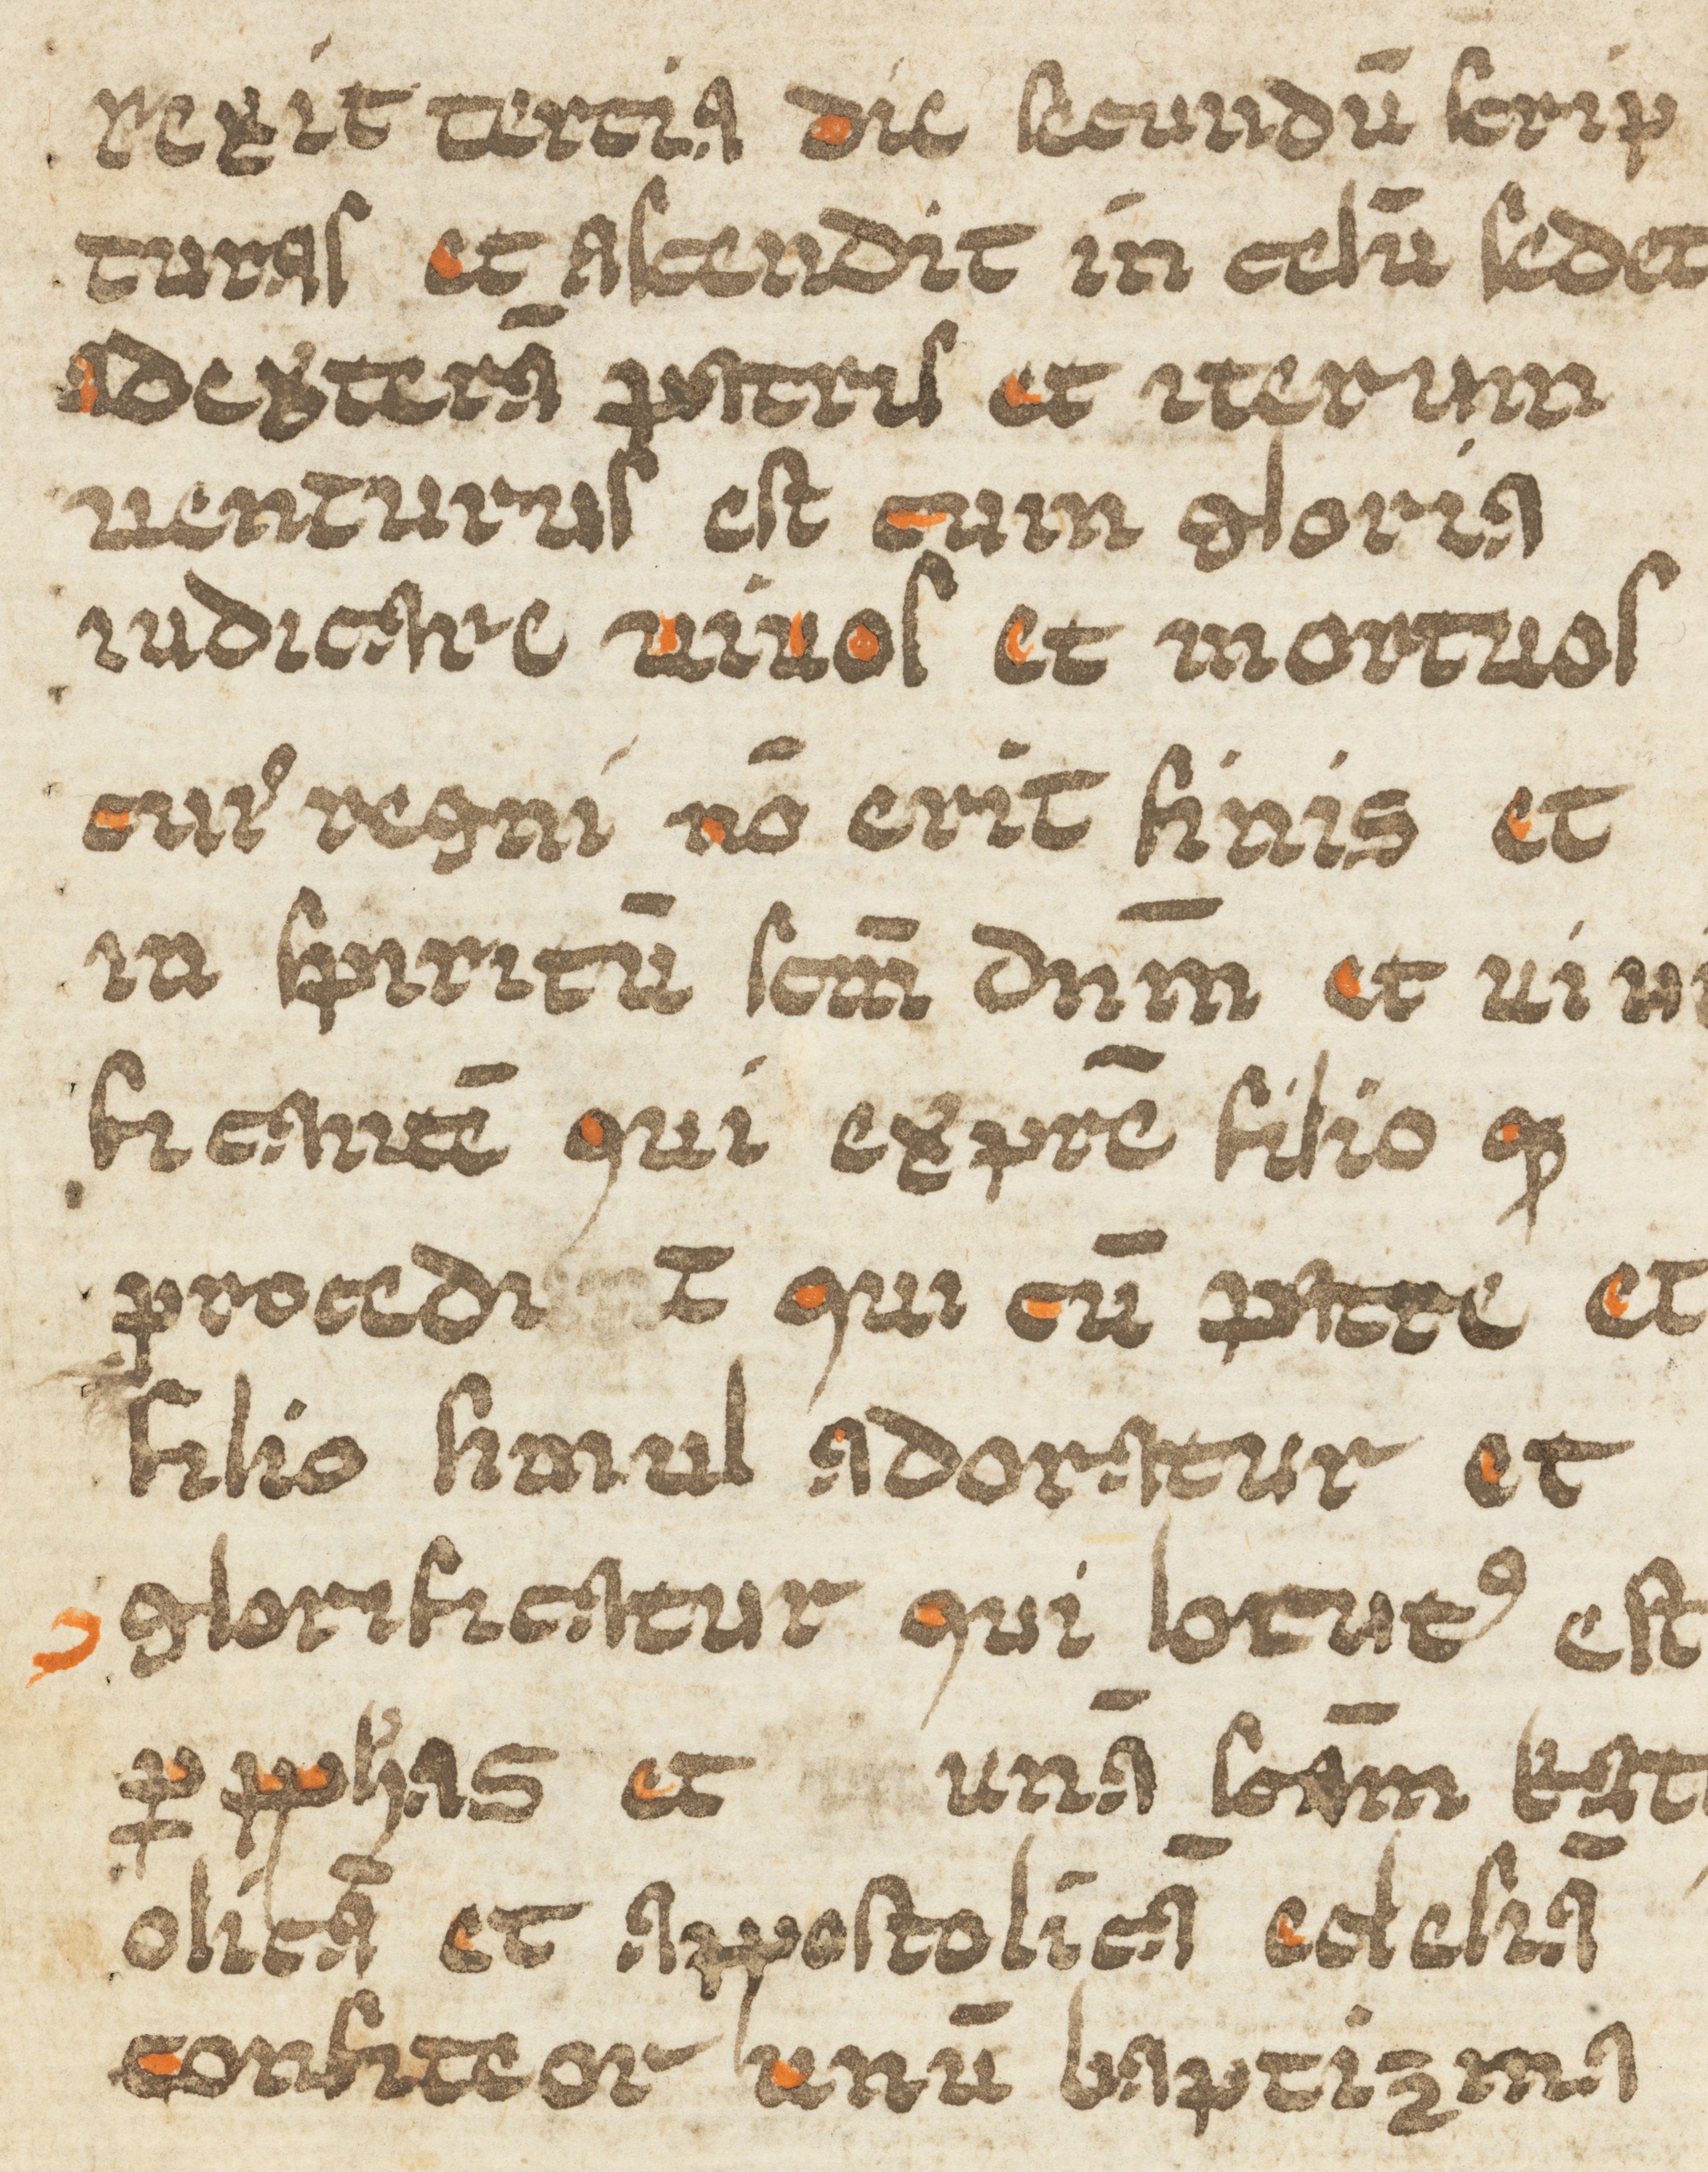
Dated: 1400–1424